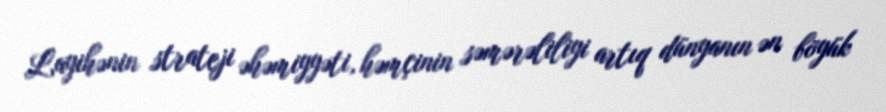
Layihənin strateji əhəmiyyəti, həmçinin səmərəliliyi artıq dünyanın ən böyük